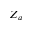
Z _ { a }